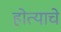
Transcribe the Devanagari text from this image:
होत्याचे